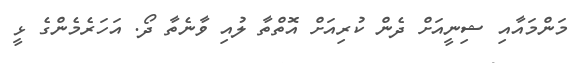
މަންމައާއި ޝިނީއަށް ދެން ކުރިއަށް އޮތްތާ ލުއި ވާނެތާ ދޯ. އަހަރެމެންގެ ޅީ